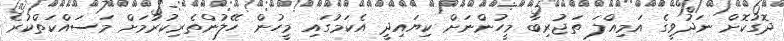
ދޮގުކޮށް ނަދުވީގެ އަމިއްލަ ތަޖުރިބާ މީހުންނަށް ކިޔައިދީ އެކަމުގައި މީހުން ހޭލުންތެރިކުރުމަށް މަސައްކަތްކުރެ